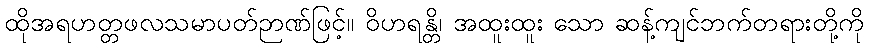
ထိုအရဟတ္တဖလသမာပတ်ဉာဏ်ဖြင့်။ ဝိဟရန္တိ၊ အထူးထူး သော ဆန့်ကျင်ဘက်တရားတို့ကို